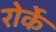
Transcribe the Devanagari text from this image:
रोर्के